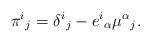
LaTeX: \begin{align*}\pi^i{}_j = \delta^i{}_j - e^i{}_\alpha \mu^\alpha{}_j.\end{align*}